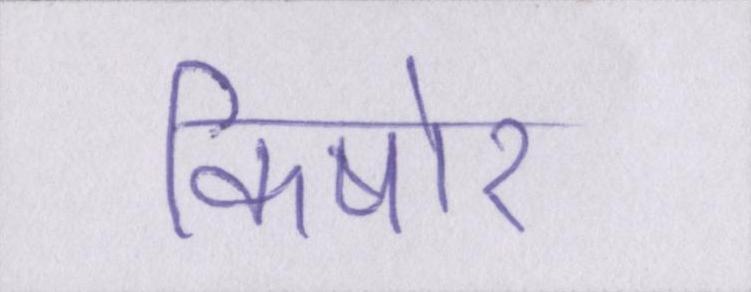
किषोर